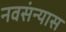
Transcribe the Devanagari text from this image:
नवसंन्यास